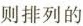
则排列的